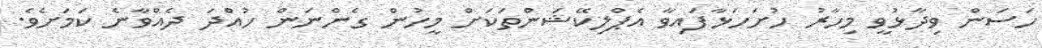
ހަސަން ވިދާޅުވީ މިހާރު ހުށަހަޅާފައިވާ އެޕްލިކޭޝަންތަކަށް މީހުން ގެންނަން ހުއްދަ ދެއްވާނެ ކަމަށެވެ.